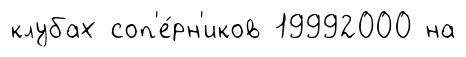
клубах соп'е́рн'иков 19992000 на